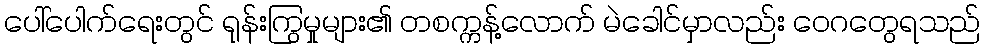
ပေါ်ပေါက်ရေးတွင် ရုန်းကြွမှုများ၏ တစက္ကန့်လောက် မဲခေါင်မှာလည်း ဝေဂတွေရသည်